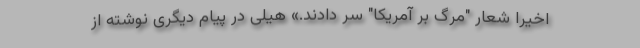
اخیراً شعار "مرگ بر آمریکا" سر دادند.» هیلی در پیام دیگری نوشته از